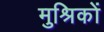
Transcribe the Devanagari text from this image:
मुश्रिकों